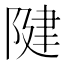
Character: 𨺩